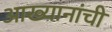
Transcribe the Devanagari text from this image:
आख्यानांची